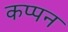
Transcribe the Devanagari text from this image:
कप्पन